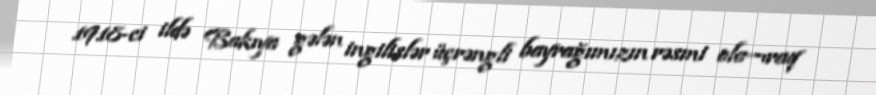
1918-ci ildə Bakıya gələn ingilislər üçrəngli bayrağımızın rəsmi ola¬raq